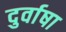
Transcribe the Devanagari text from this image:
दुर्वाषा